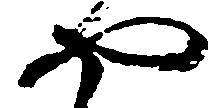
や